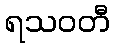
ရသဝတီ